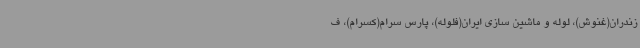
زندران(غنوش)، لوله و ماشین سازی ایران(فلوله)، پارس سرام(کسرام)، ف